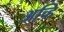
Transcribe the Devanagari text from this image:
अच्हि